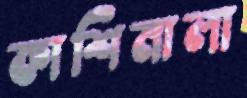
কাশিমালা